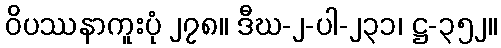
ဝိပဿနာကူးပုံ ၂၇၈။ ဒီဃ-၂-ပါ-၂၃၁၊ ဋ္ဌ-၃၅၂။